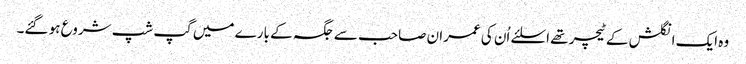
وہ ایک انگلش کے ٹیچر تھے اسلئے اُن کی عمران صاحب سے جگہ کے بارے میں گپ شپ شروع ہو گئے۔